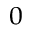
_ 0